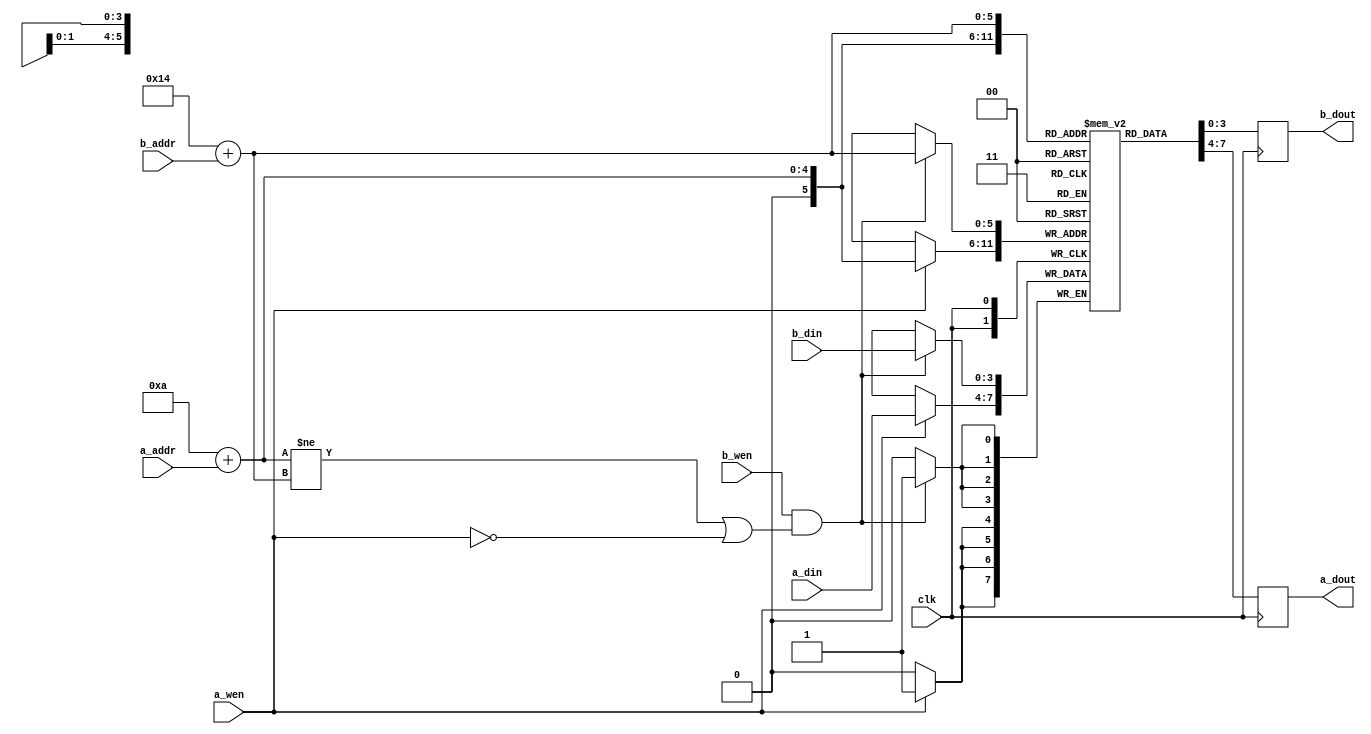
module memtest09 (
    input clk,
    input [3:0] a_addr, a_din, b_addr, b_din,
    input a_wen, b_wen,
    output reg [3:0] a_dout, b_dout
);
    reg [3:0] memory [10:35];
    always @(posedge clk) begin
        if (a_wen)
            memory[10 + a_addr] <= a_din;
        a_dout <= memory[10 + a_addr];
    end
    always @(posedge clk) begin
        if (b_wen && (10 + a_addr != 20 + b_addr || !a_wen))
            memory[20 + b_addr] <= b_din;
        b_dout <= memory[20 + b_addr];
    end
endmodule